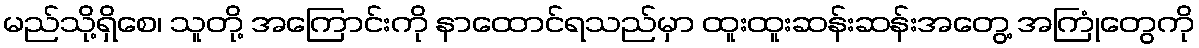
မည်သို့ရှိစေ၊ သူတို့ အကြောင်းကို နာထောင်ရသည်မှာ ထူးထူးဆန်းဆန်းအတွေ့ အကြုံတွေကို